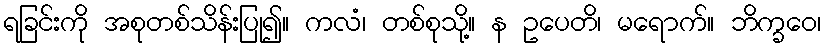
ရခြင်းကို အစုတစ်သိန်းပြု၍။ ကလံ၊ တစ်စုသို့။ န ဥပေတိ၊ မရောက်။ ဘိက္ခဝေ၊